Assam Mental Hospital (Tezpur, India) - 1933-1948
Year: 1933
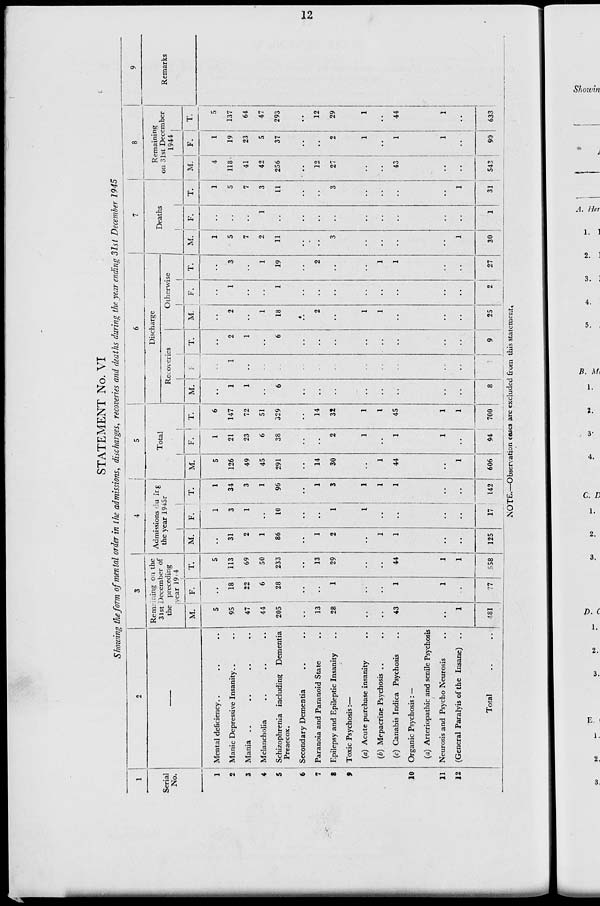
12
STATEMENT No. VI
Showing the form of mental order in the admissions, discharges, recoveries and deaths during the year ending 31st December 1945
1
Serial
No.
1
2
3
4
5
6
7
8
9
10
11
12
2
—
Mental deficiency.. .. ..
Manic Depressive Insanity .. ..
Mania .. .. .. ..
Melancholia .. .. ..
Schizophrenia including Dementia
Preaecox.
Secondary Dementia .. ..
Paranoia and Paranoid State ..
Epilepsy and Epileptic Insanity ..
Toxic Psychosis :—
(a) Acute purchase insanity ..
(b) Mepacrine Psychosis ..
(c) Canabis Indica Psychosis ..
Organic Psychosis : —
(a) Arteriopathic and senile Psychosis
Neurosis and Psycho Neurosis ..
(General Paralyis of the Insane) ..
Total .. ..
3
Remaining on the
31st December of
the preceding
year 1944
M.
5
95
47
44
205
..
13
28
..
..
43
..
1
481
F.
..
18
22
6
28
..
..
1
..
..
1
1
..
77
T.
5
113
69
50
233
..
13
29
..
..
44
1
1
558
4
Admissions during
the year 1945r
M.
..
31
2
1
86
..
1
2
..
1
1
..
..
125
F.
1
3
1
..
10
..
..
1
1
..
..
..
..
17
T.
1
34
3
1
96
..
1
3
1
1
1
..
..
142
5
Total
M.
5
126
49
45
291
..
14
30
..
1
44
..
1
606
F.
1
21
23
6
38
..
..
2
1
..
1
1
..
94
T.
6
147
72
51
329
..
14
32
1
1
45
1
1
700
6
Discharge
Recoveries
M.
..
1
1
..
6
..
..
..
..
..
..
..
..
8
F.
..
1
..
..
..
..
..
..
..
..
..
..
..
1
T.
..
2
1
..
6
..
..
..
..
..
..
..
..
9
Otherwise
M.
..
2
..
1
18
..
2
..
1
1
..
..
..
25
F.
..
1
..
..
1
..
..
..
..
..
..
..
..
2
T.
..
3
..
1
19
..
2
..
..
1
1
..
..
27
7
Deaths
M.
1
5
7
2
11
..
..
3
..
..
..
..
1
30
F.
..
..
..
1
..
..
..
..
..
..
..
..
..
1
T.
1
5
7
3
11
..
..
3
..
..
..
..
1
31
8
Remaining
on 31st December
1944
M.
4
118
41
42
256
..
12
27
..
..
43
..
..
543
F.
1
19
23
5
37
..
..
2
1
..
1
1
..
90
T.
5
137
64
47
293
..
12
29
1
..
44
1
..
633
9
Remarks
NOTE.—Observation cases are excluded from this statement.